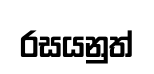
රසයනුත්